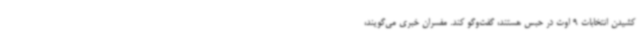
کشیدن انتخابات 9 اوت در حبس هستند، گفت‌وگو کند. مفسران خبری می‌گویند،